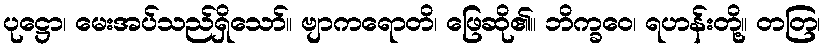
ပုဋ္ဌော၊ မေးအပ်သည်ရှိသော်။ ဗျာကရောတိ၊ ဖြေဆို၏။ ဘိက္ခဝေ၊ ရဟန်းတို့။ တတြ၊